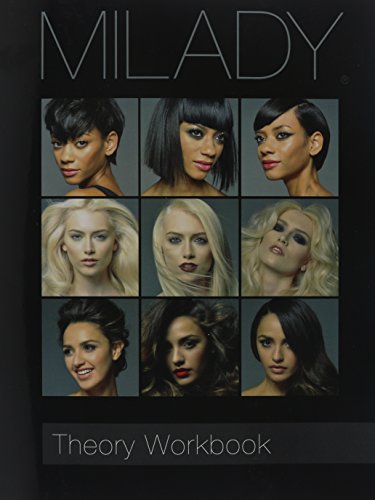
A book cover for Theory Workbook for Milady Standard Cosmetology; Milady; Health, Fitness & Dieting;